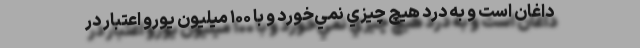
داغان است و به درد هيچ چيزي نمي‌خورد و با ۱۰۰ ميليون يورو اعتبار در